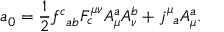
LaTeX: a _ { 0 } = \frac { 1 } { 2 } f _ { \; \; a b } ^ { c } F _ { c } ^ { \mu \nu } A _ { \mu } ^ { a } A _ { \nu } ^ { b } + j _ { \; \; a } ^ { \mu } A _ { \mu } ^ { a } .